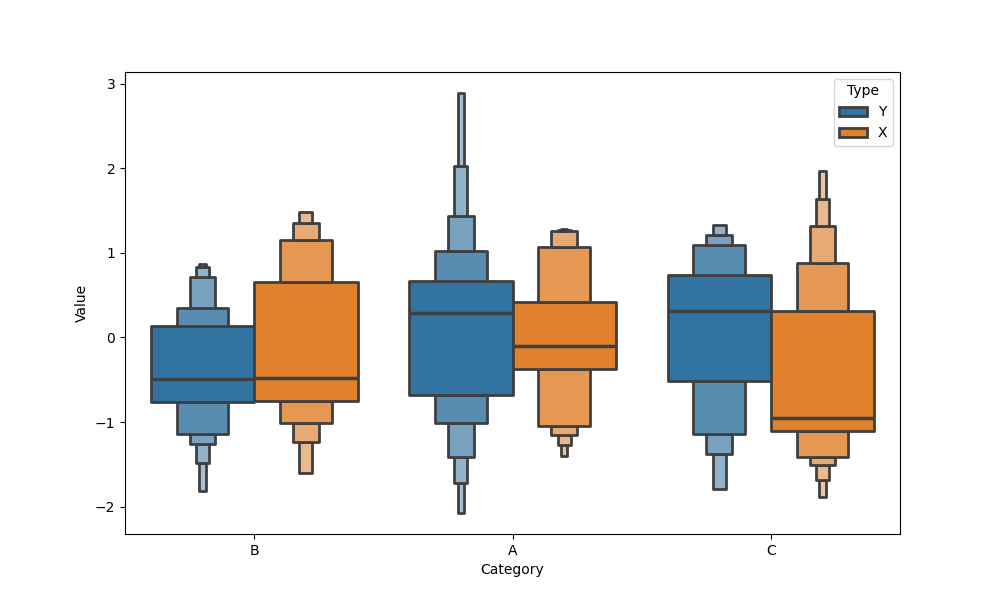
python, seaborn, boxenplot, k_depth='full', linewidth=2, scale='exponential', outlier_prop=0.1, showfliers=True